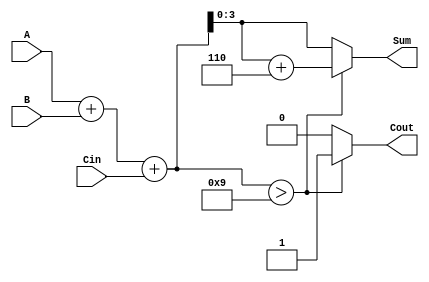
module BCD_Conditional_Adder (
    input  [3:0] A,      // First BCD digit
    input  [3:0] B,      // Second BCD digit
    input        Cin,     // Carry-in
    output reg [3:0] Sum, // BCD Sum output
    output reg Cout       // Carry-out
);
    
    wire [4:0] binary_sum; // 5-bit to accommodate carry
    wire [4:0] adjusted_sum; // 5-bit for adjusted sum
    
    // Step 1: Perform binary addition
    assign binary_sum = A + B + Cin; // Add A, B and Cin
    
    // Step 2: Check if the binary sum exceeds BCD valid range (greater than 9)
    always @(*) begin
        if (binary_sum > 9) begin
            // If sum is greater than 9, add 6 to adjust back to valid BCD
            Sum = binary_sum + 5'd6; // 5'd6 is the decimal representation of 6
            Cout = 1; // Set carry-out to 1
        end else begin
            Sum = binary_sum[3:0]; // Take lower 4 bits as the valid BCD sum
            Cout = 0; // No carry-out
        end
    end

endmodule